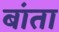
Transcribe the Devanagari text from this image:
बांता